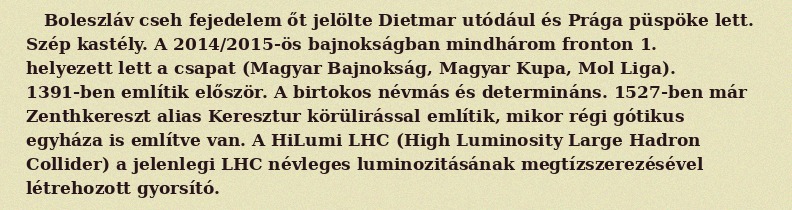
Boleszláv cseh fejedelem őt jelölte Dietmar utódául és Prága püspöke lett. Szép kastély. A 2014/2015-ös bajnokságban mindhárom fronton 1. helyezett lett a csapat (Magyar Bajnokság, Magyar Kupa, Mol Liga). 1391-ben említik először. A birtokos névmás és determináns. 1527-ben már Zenthkereszt alias Keresztur körülirással említik, mikor régi gótikus egyháza is említve van. A HiLumi LHC (High Luminosity Large Hadron Collider) a jelenlegi LHC névleges luminozitásának megtízszerezésével létrehozott gyorsító.